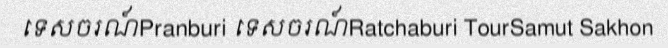
ទេសចរណ៍Pranburi ទេសចរណ៍Ratchaburi TourSamut Sakhon